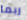
ربما